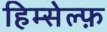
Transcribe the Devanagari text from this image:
हिम्सेल्फ़